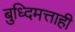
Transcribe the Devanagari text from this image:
बुध्दिमत्ताही